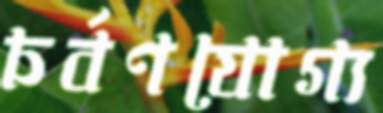
চর্বণযোগ্য